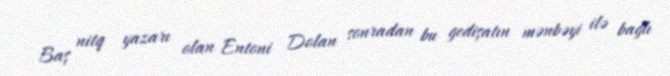
Baş nitq yazarı olan Entoni Dolan sonradan bu gedişatın mənbəyi ilə bağlı